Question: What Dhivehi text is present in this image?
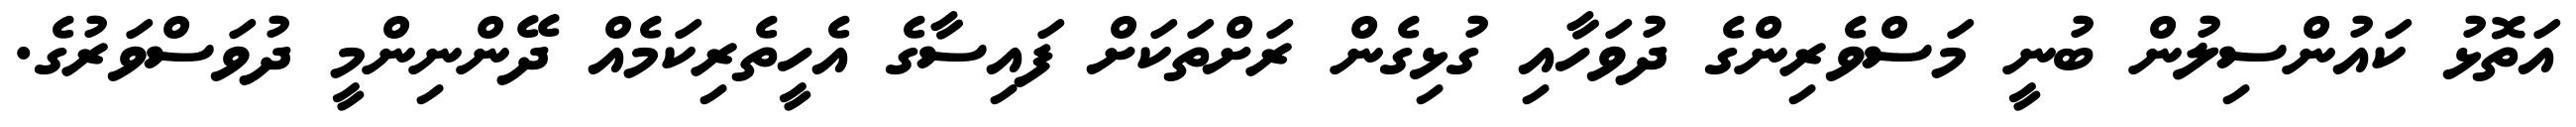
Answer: އަތޮޅު ކައުންސިލުން ބުނީ މަސްވެރިންގެ ދުވަހާއި ގުޅިގެން ރަށްތަކަށް ފައިސާގެ އެހީތެރިކަމެއް ދޭންނިންމީ ދުވަސްވަރުގެ.